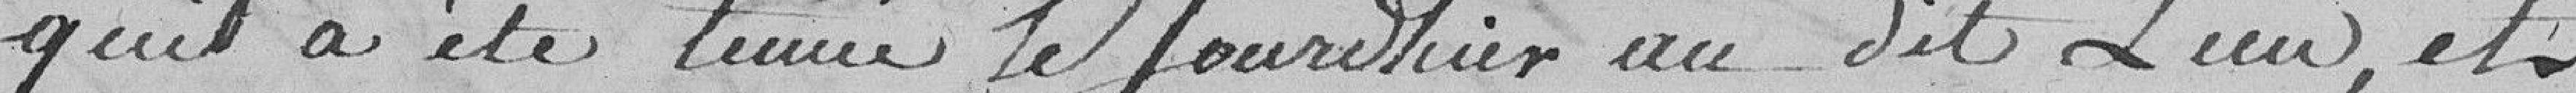
qui a été tenu le jour d'hier au dit lieu, et